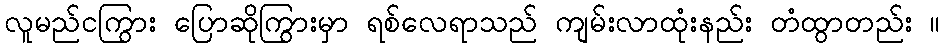
လူမည်ငကြွား ပြောဆိုကြွားမှာ ရစ်လေရာသည် ကျမ်းလာထုံးနည်း တံထွာတည်း ။